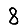
Digit: 8